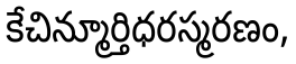
కేచిన్మూర్తిధరస్మరణం,